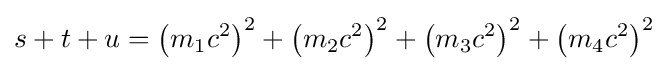
s+t+u=\left(m_{1}c^{2}\right)^{2}+\left(m_{2}c^{2}\right)^{2}+\left(m_{3}c^{2}\right)^{2}+\left(m_{4}c^{2}\right)^{2}